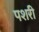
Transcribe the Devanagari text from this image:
पशरी